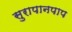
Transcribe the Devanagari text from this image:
सुरापानपाप